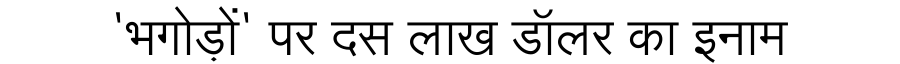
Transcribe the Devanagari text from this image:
'भगोड़ों' पर दस लाख डॉलर का इनाम